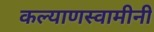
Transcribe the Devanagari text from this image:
कल्याणस्वामीनी